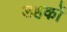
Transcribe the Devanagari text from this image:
डहकों